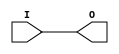
// $Header: /devl/xcs/repo/env/Databases/CAEInterfaces/xec_libs/data/unisims/IBUF_LVCMOS12.v,v 1.1 2005/05/10 01:20:04 wloo Exp $

/*

FUNCTION	: INPUT BUFFER

*/

`celldefine
`timescale  100 ps / 10 ps

module IBUF_LVCMOS12 (O, I);

    output O;

    input  I;

	buf B1 (O, I);

endmodule